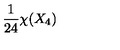
\frac { 1 } { 2 4 } \chi ( X _ { 4 } )